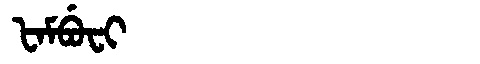
Manchu: ᡶᠠᠮᠪᡠᠸᡳ
Romanization: FAMBUFI